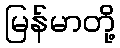
မြန်မာတို့